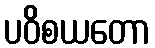
ပဝိစယတော